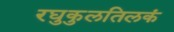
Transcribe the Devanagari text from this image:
रघुकुलतिलकं